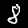
Label: 8